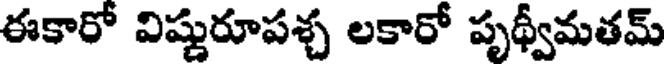
ఈకారో విష్ణురూపశ్చ లకారో పృథ్వీమతమ్